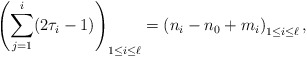
\begin{align*} \left(\sum_{j=1}^i (2\tau_i-1)\right)_{1\leq i\leq \ell} = \left(n_i-n_0+ m_i \right)_{1\leq i\leq \ell},\end{align*}